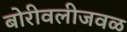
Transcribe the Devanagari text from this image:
बोरीवलीजवळ